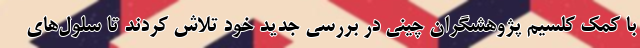
با کمک کلسیم پژوهشگران چینی در بررسی جدید خود تلاش کردند تا سلول‌های